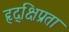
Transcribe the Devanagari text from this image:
हृद्‌क्षिप्रता